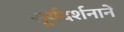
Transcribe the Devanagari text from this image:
सूर्यदर्शनानें